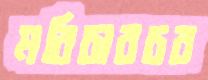
মরিচারচর